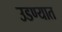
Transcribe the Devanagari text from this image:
उडण्यात